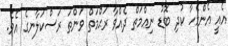
އެއީ އެންމެހާ ކުދި ބޮޑު ނިޢްމަތް ދެއްވާ ރަޙްމަތް ވަންތަ ރަސްކަލާނގެ އެވެ.